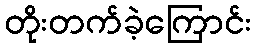
တိုးတက်ခဲ့ကြောင်း